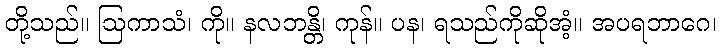
တို့သည်။ ဩကာသံ၊ ကို။ နလဘန္တိ၊ ကုန်။ ပန၊ ရသည်ကိုဆိုအံ့။ အပရဘာဂေ၊